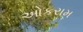
ઓકરામ